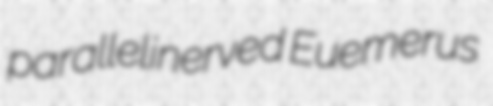
parallelinerved Euemerus